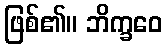
ဖြစ်၏။ ဘိက္ခဝေ